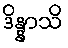
ဒိန္နာသိ